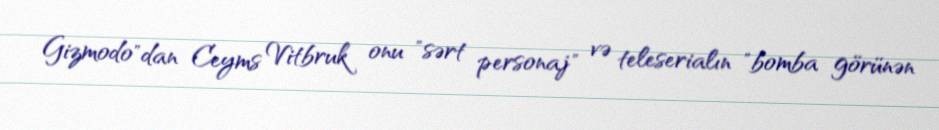
Gizmodo"dan Ceyms Vitbruk onu "sərt personaj" və teleserialın "bomba görünən